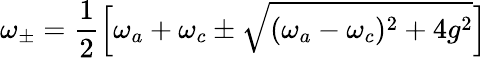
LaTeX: \omega_{\pm}=\frac{1}{2}\Big[\omega_{a}+\omega_{c}\pm\sqrt{(\omega_{a}-\omega_{c})^{2}+4g^{2}}\Big]